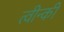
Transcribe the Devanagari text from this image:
त्वीन्की